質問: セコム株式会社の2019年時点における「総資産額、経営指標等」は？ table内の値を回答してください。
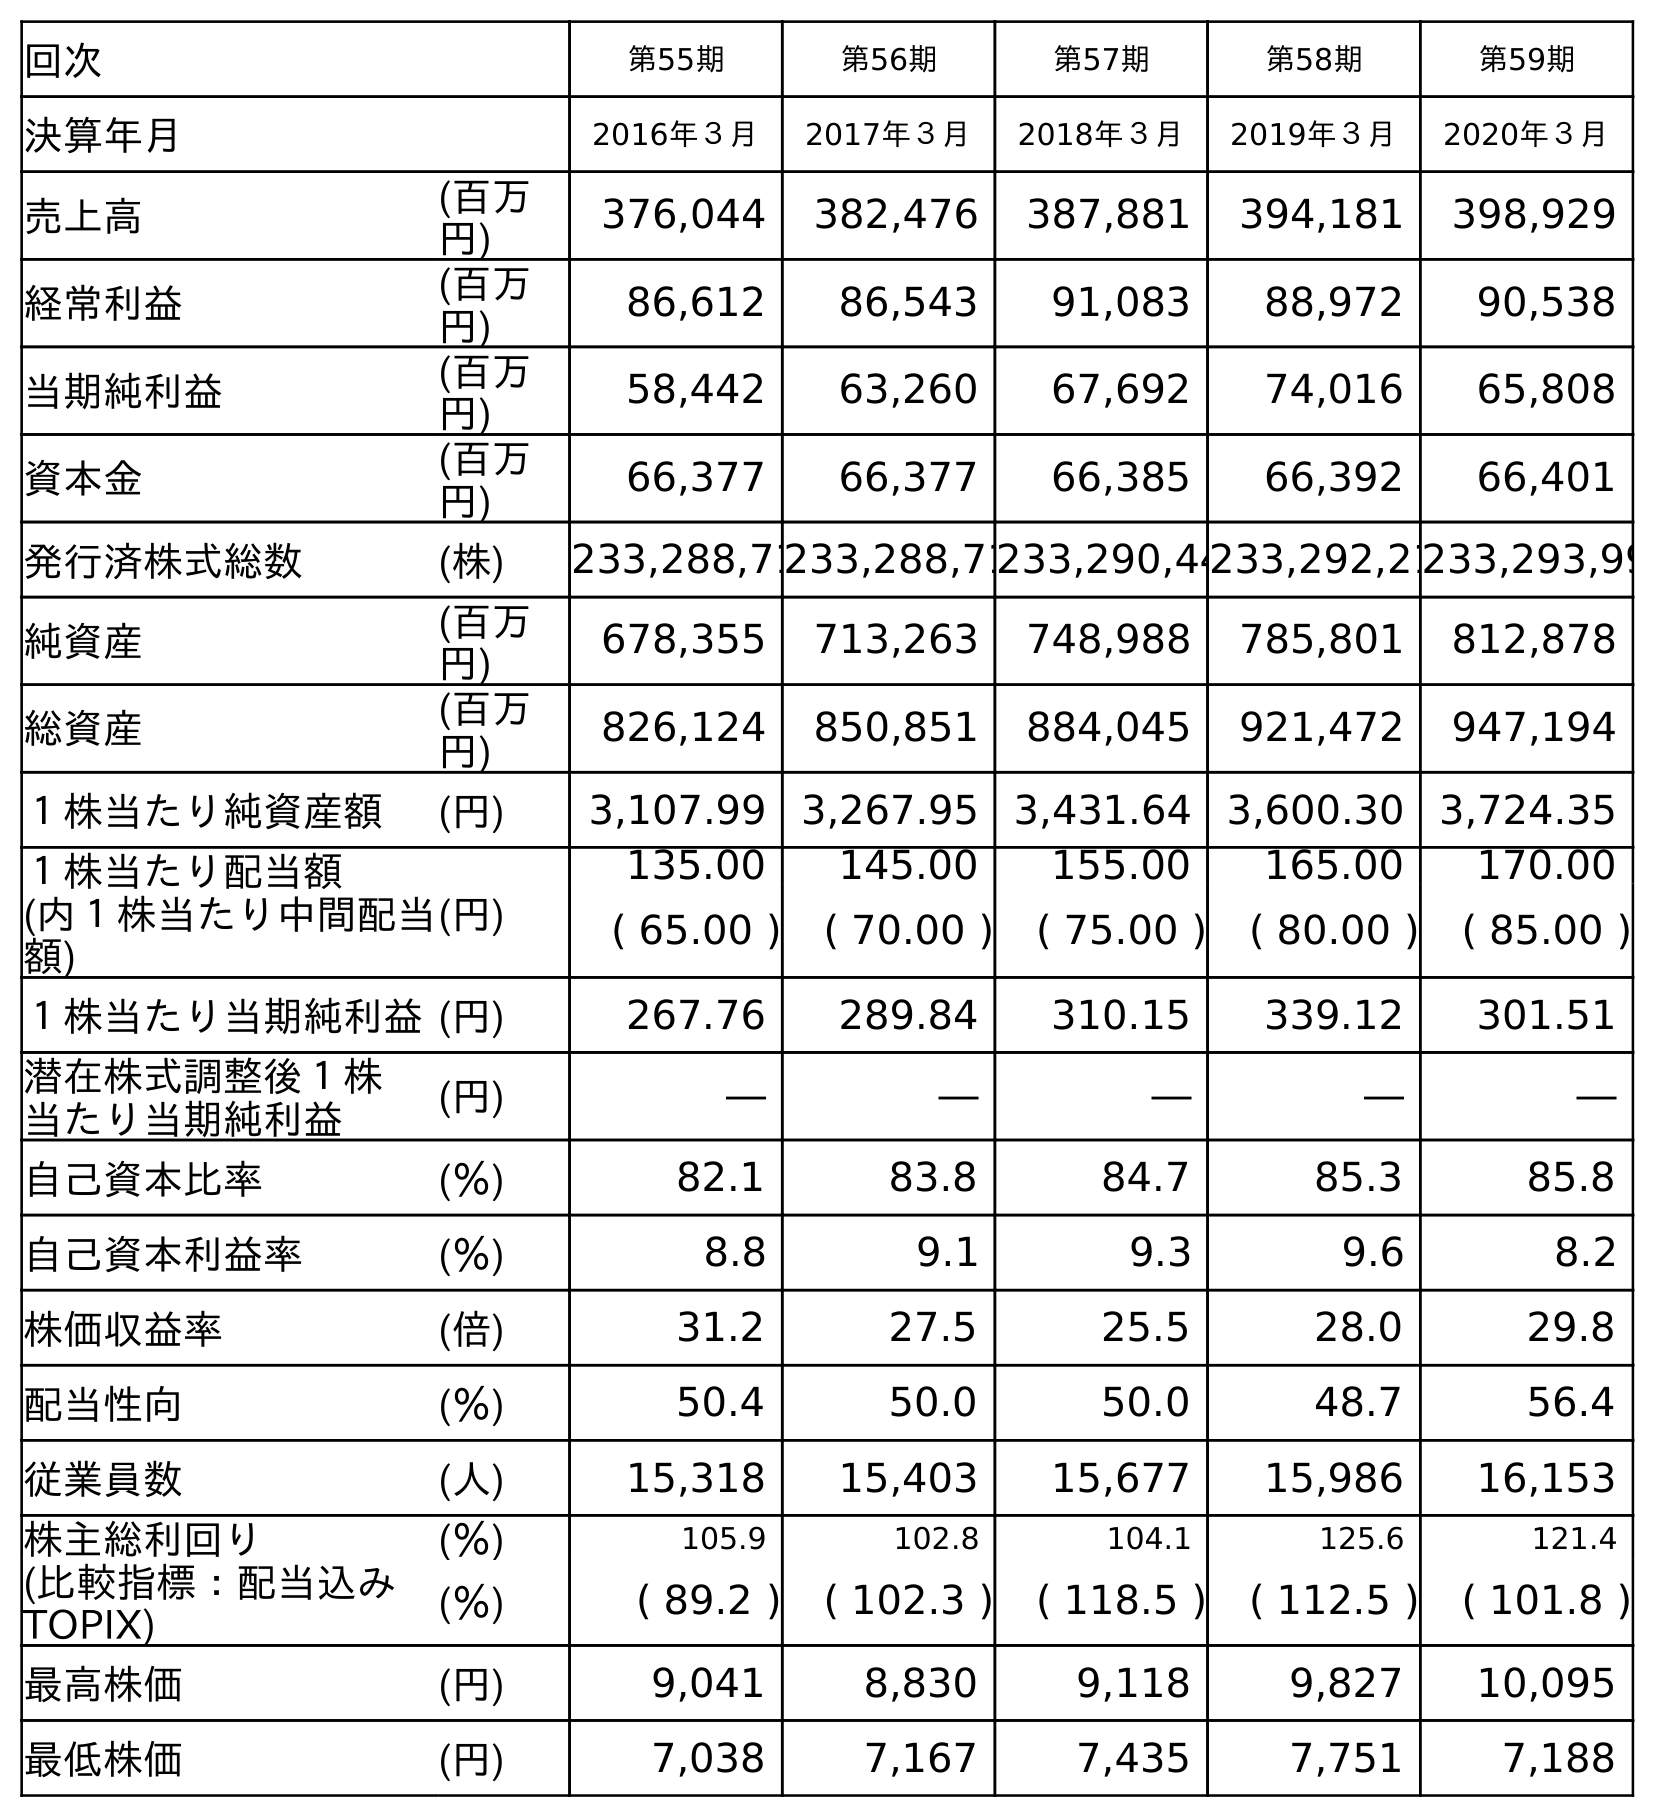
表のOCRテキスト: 回次 第55期 第56期 第57期 第58期 第59期 決算年月 2016年３月 2017年３月 2018年３月 2019年３月 2020年３月 売上高 (百万 円) 376,044 382,476 387,881 394,181 398,929 経常利益 (百万 円) 86,612 86,543 91,083 88,972 90,538 当期純利益 (百万 円) 58,442 63,260 67,692 74,016 65,808 資本金 (百万 円) 66,377 66,377 66,385 66,392 66,401 発行済株式総数 (株) 233,288,71233,288,71233,290,44233,292,21233,293,99 純資産 (百万 円) 678,355 713,263 748,988 785,801 812,878 総資産 (百万 円) 826,124 850,851 884,045 921,472 947,194 １株当たり純資産額 (円) 3,107.99 3,267.95 3,431.64 3,600.30 3,724.35 １株当たり配当額 (内１株当たり中間配当 額) (円) 135.00 145.00 155.00 165.00 170.00 ( 65.00 ) ( 70.00 ) ( 75.00 ) ( 80.00 ) ( 85.00 ) １株当たり当期純利益(円) 267.76 289.84 310.15 339.12 301.51 潜在株式調整後１株 当たり当期純利益 (円) ― ― ― ― ― 自己資本比率 (％) 82.1 83.8 84.7 85.3 85.8 自己資本利益率 (％) 8.8 9.1 9.3 9.6 8.2 株価収益率 (倍) 31.2 27.5 25.5 28.0 29.8 配当性向 (％) 50.4 50.0 50.0 48.7 56.4 従業員数 (人) 15,318 15,403 15,677 15,986 16,153 株主総利回り (％) 105.9 102.8 104.1 125.6 121.4 (比較指標：配当込み TOPIX) (％) ( 89.2 ) ( 102.3 ) ( 118.5 ) ( 112.5 ) ( 101.8 ) 最高株価 (円) 9,041 8,830 9,118 9,827 10,095 最低株価 (円) 7,038 7,167 7,435 7,751 7,188
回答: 921,472